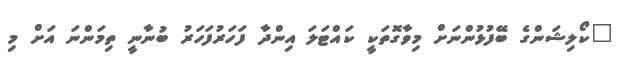
"ކޯލިޝަންގެ ބޭފުޅުންނަށް މިވާގޮތަކީ ކައްޓަލަ އިންދާ ފަހަރުފަހަރު ބުނާނީ ތިމަންނަ އަށް މި